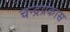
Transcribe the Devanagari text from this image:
चन्द्रप्रकास